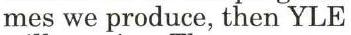
mes we produce, then YLE